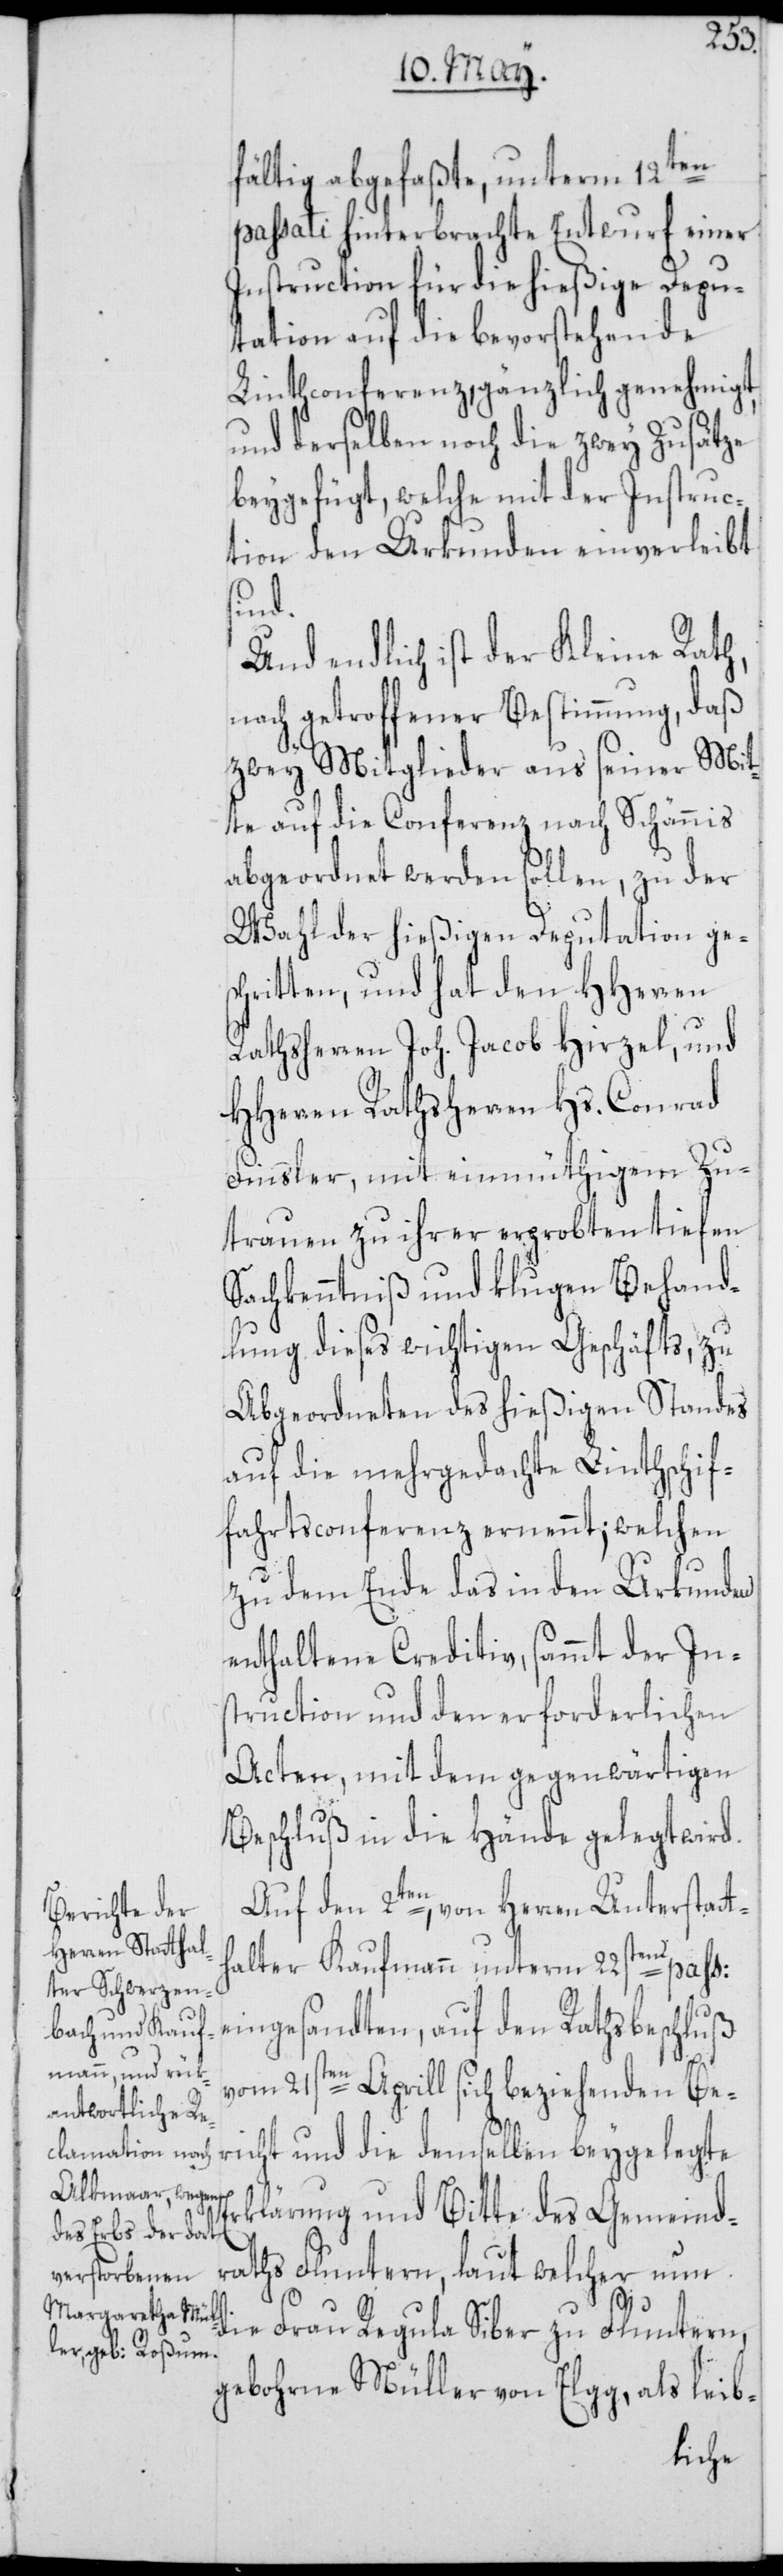
fältig abgefaßte, unterm 12ten
passati hinterbrachte Entwurf einer
Instruction für die hießige Depu¬
tation auf die bevorstehende
Linthconferenz, gänzlich genehmigt,
und derselben noch die zwey Zusätze
beygefügt, welche mit der Instruc¬
tion den Urkunden einverleibt
sind.
Und endlich ist der Kleine Rath,
nach getroffener Bestimmung, daß
zwey Mitglieder aus seiner Mit¬
te auf die Conferenz nach Schännis
abgeordnet werden sollen, zu der
Wahl der hießigen Deputation ges¬
chritten, und hat den HHerren
Rathsherren Joh. Jacob Hirzel, und
HHerren Rathsherren Hs. Conrad
Finsler, mit einmüthigem Zu¬
trauen zu ihrer erprobten tiefen
Sachkenntniß und klugen Behand¬
lung dieses wichtigen Geschäfts, zu
Abgeordneten des hießigen Standes
auf die mehrgedachte Linthschif¬
fahrtsconferenz ernennt; welchen
zu dem Ende das in den Urkunden
enthaltene Creditiv, sammt der Ins¬
truction und den erforderlichen
Acten, mit dem gegenwärtigen
Beschluß in die Hände gelegt wird.
Auf den 2ten, von Herren Unterstatt¬
halter Kaufmann unterm 22sten pass:
eingesandten, auf den Rathsbeschluß
vom 21sten Aprill sich beziehenden Be¬
richt und die demselben beygelegte
rklärung und Bitte des Gemeind¬
raths Fluntern, laut welcher nun
E¬
die Frau Regula Siber zu Fluntern,
gebohrne Müller von Elgg, als leib-